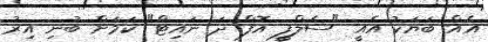
އެއް ބަޔަކު އެއީ "ސެލްފީ އޮފް ދަ ނައިޓް" ކަމަށް ބުނި އިރު